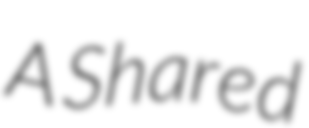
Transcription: A Shared